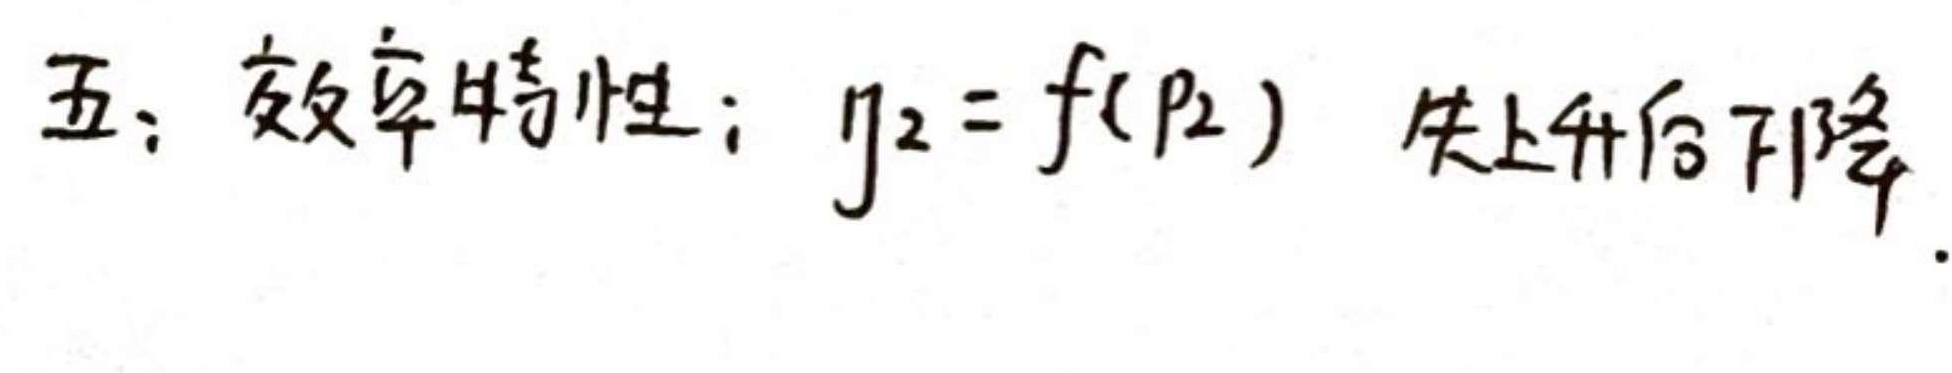
五：效率特性：$\eta_2 = f(p_2)$ 先上升后下降.